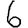
Digit: 6